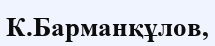
К.Барманқұлов,